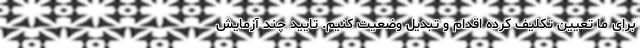
برای ما تعیین تکلیف کرده اقدام و تبدیل وضعیت کنیم. تایید چند آزمایش